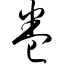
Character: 卷